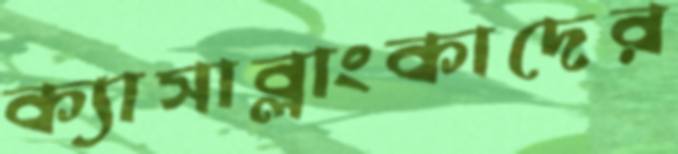
ক্যাসাব্লাংকাদের